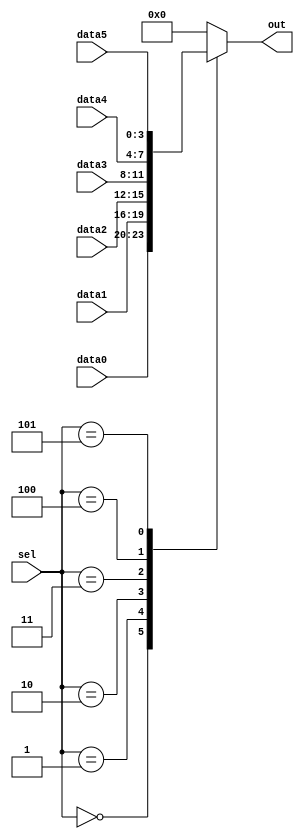
module top_module(sel,data0,data1,data2,data3,data4,data5,out);
  input [2:0] sel;
  input [3:0] data0;
  input [3:0] data1;
  input [3:0] data2;
  input [3:0] data3;
  input [3:0] data4;
  input [3:0] data5;
  output reg [3:0] out;

  always @(*)
    begin
      case(sel)
        3'b000: out = data0;
        3'b001: out = data1;
        3'b010: out = data2;
        3'b011: out = data3;
        3'b100: out = data4;
        3'b101: out = data5;
        default: out = 0;
      endcase
    end
endmodule